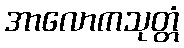
အာလောကသုတ္တံ